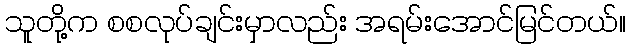
သူတို့က စစလုပ်ချင်းမှာလည်း အရမ်းအောင်မြင်တယ်။